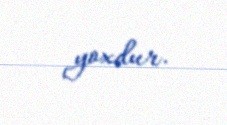
yoxdur.